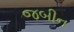
જબીન